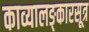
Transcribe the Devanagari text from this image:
काव्यालङ्कारसूत्र